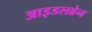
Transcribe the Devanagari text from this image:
आइडलब्रेन